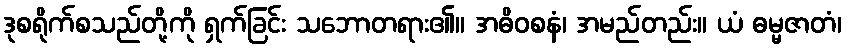
ဒုစရိုက်စသည်တို့ကို ရှက်ခြင်း သဘောတရား၏။ အဓိဝစနံ၊ အမည်တည်း။ ယံ ဓမ္မဇာတံ၊